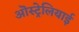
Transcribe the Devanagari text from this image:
ऒस्ट्रेलियाई